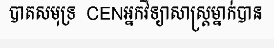
បាតសមុទ្រ  CENអ្នកវិទ្យាសាស្ត្រម្នាក់បាន